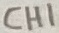
Text: CH1